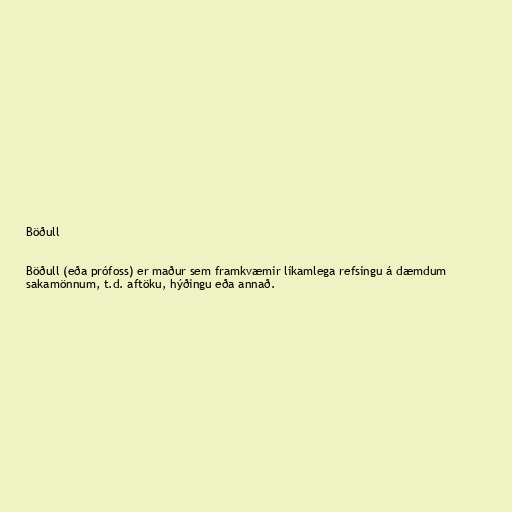
Böðull

Böðull (eða prófoss) er maður sem framkvæmir líkamlega refsingu á dæmdum
sakamönnum, t.d. aftöku, hýðingu eða annað.